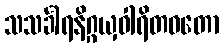
သသင်္ခါရနိဂ္ဂယှဝါရိတဝတော